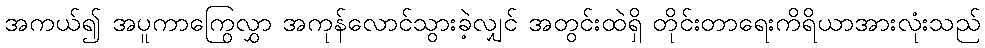
အကယ်၍ အပူကာကြွေလွှာ အကုန်လောင်သွားခဲ့လျှင် အတွင်းထဲရှိ တိုင်းတာရေးကိရိယာအားလုံးသည်